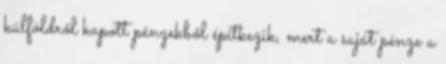
külföldről kapott pénzekből építkezik, mert a saját pénze a